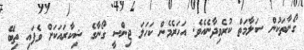
ގޯނާތަކުން ސަލާމަތް ކުރެވިދާނެއެވެ. އަހަރެމެން ކަހަލަ ޖިންސީ ގޯނާގެ ޝިކާރައަކަށް ވެފައި ތިބޭ